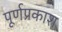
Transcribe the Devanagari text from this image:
पूर्णप्रकाश